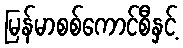
မြန်မာစစ်ကောင်စီနှင့်